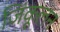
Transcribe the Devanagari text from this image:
जिंकूलन